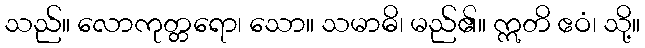
သည်။ လောကုတ္တရော၊ သော။ သမာဓိ၊ မည်၏။ ဣတိ ဧဝံ၊ သို့။